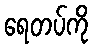
ရေတပ်ကို